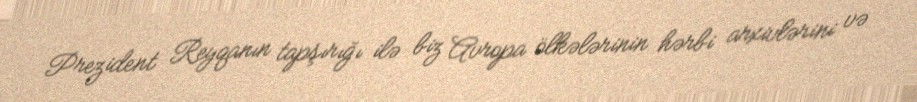
Prezident Reyqanın tapşırığı ilə biz Avropa ölkələrinin hərbi arxivlərini və